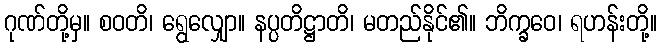
ဂုဏ်တို့မှ။ စဝတိ၊ ရွေလျှော။ နပ္ပတိဋ္ဌာတိ၊ မတည်နိုင်၏။ ဘိက္ခဝေ၊ ရဟန်းတို့။